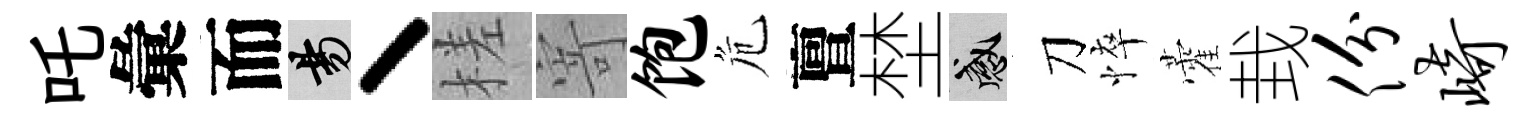
吒彙而昜丶槎寄饱危亶埜感刀悴藿㘽份崎